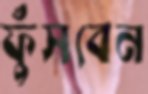
ফুঁসবেন